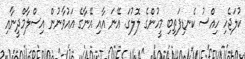
ކުލަޖެހި ހިއްސު ކެނޑިފަތިބި މީހުންގެ ލޮލުގަ. އޭނަ އާއި އޭނާގެ އައުވާނުން އިސްލާމްދީނާއި